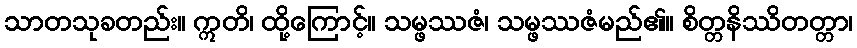
သာတသုခတည်း။ ဣတိ၊ ထို့ကြောင့်။ သမ္ဖဿဇံ၊ သမ္ဖဿဇံမည်၏။ စိတ္တနိဿိတတ္တာ၊